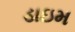
ડાઇમ